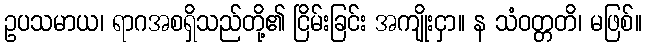
ဥပသမာယ၊ ရာဂအစရှိသည်တို့၏ ငြိမ်းခြင်း အကျိုးငှာ။ န သံဝတ္တတိ၊ မဖြစ်။